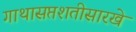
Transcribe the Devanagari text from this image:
गाथासप्तशतीसारखे